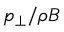
p _ { \perp } / \rho B